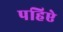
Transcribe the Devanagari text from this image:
पहिऐ